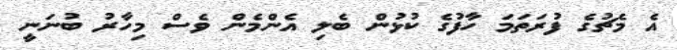
އެ މެޗުގެ ފުރަތަމަ ހާފުގެ ކުޅުން ބެލި އެންމެން ވެސް މިހާރު ބުނަނީ